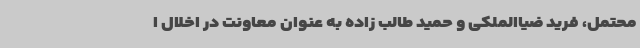
محتمل، فرید ضیاالملکی و حمید طالب زاده به عنوان معاونت در اخلال ا